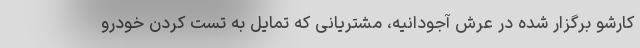
کارشو برگزار شده در عرش آجودانیه، مشتریانی که تمایل به تست کردن خودرو